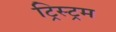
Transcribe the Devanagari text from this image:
ट्रिस्ट्रम